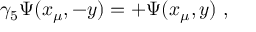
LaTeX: \gamma _ { 5 } \Psi ( x _ { \mu } , - y ) = + \Psi ( x _ { \mu } , y ) ~ ,